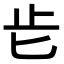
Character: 𣥅